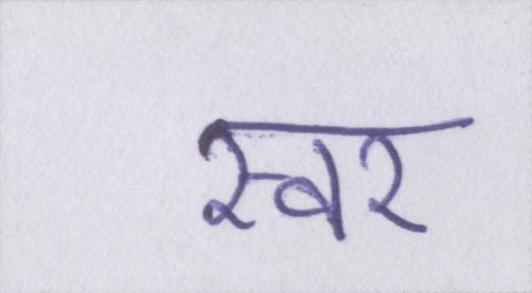
स्वर